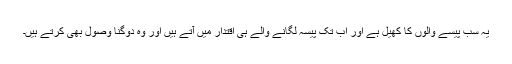
یہ سب پیسے والوں کا کھیل ہے اور اب تک پیسہ لگانے والے ہی اقتدار میں آتے ہیں اور وہ دوگنا وصول بھی کرتے ہیں۔